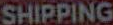
SHIPPING